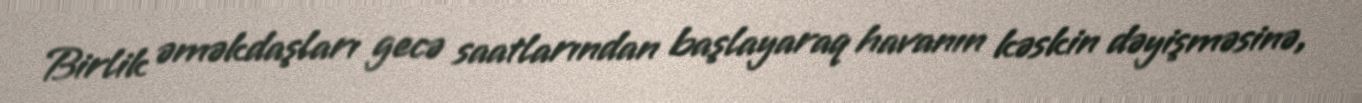
Birlik əməkdaşları gecə saatlarından başlayaraq havanın kəskin dəyişməsinə,